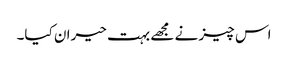
اس چیز نے مجھے بہت حیران کیا۔